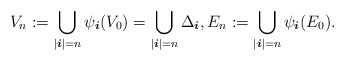
\begin{align*} V_n := \bigcup_{| \boldsymbol{i} | = n } \psi_{ \boldsymbol{i}} (V_0) = \bigcup_{| \boldsymbol{i} | = n } \Delta_{ \boldsymbol{i} }, E_n := \bigcup_{| \boldsymbol{i} | = n } \psi_{ \boldsymbol{i}} (E_0).\end{align*}